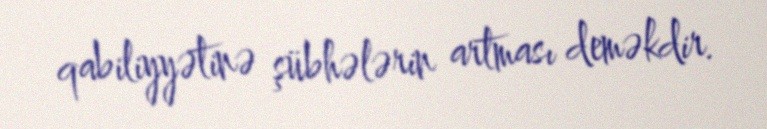
qabiliyyətinə şübhələrin artması deməkdir.